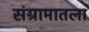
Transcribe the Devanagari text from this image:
संग्रामातला